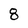
Character: 8